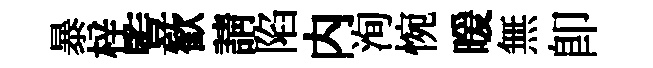
暴梓䜿歓請陷内洵惋暖無即